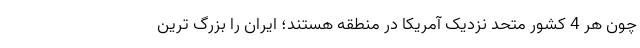
چون هر 4 کشور متحد نزدیک آمریکا در منطقه هستند؛ ایران را بزرگ ترین